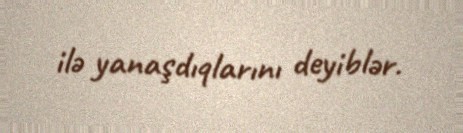
ilə yanaşdıqlarını deyiblər.